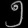
Digit: ၅